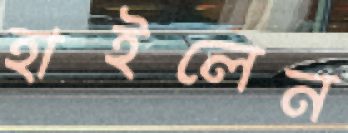
হাইলেন